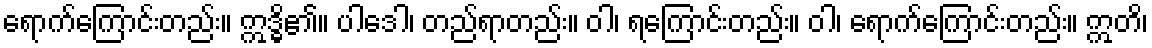
ရောက်ကြောင်းတည်း။ ဣဒ္ဓိ၏။ ပါဒေါ၊ တည်ရာတည်း။ ဝါ၊ ရကြောင်းတည်း။ ဝါ၊ ရောက်ကြောင်းတည်း။ ဣတိ၊